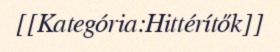
[[Kategória:Hittérítők]]